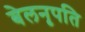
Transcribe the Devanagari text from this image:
बेलनृपति